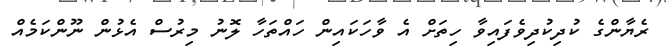
ރެޔާންގެ ކުދިކުދިވެފައިވާ ހިތަށް އެ ވާހަކައިން ހައްތަހާ ލޮނު މިރުސް އެޅުން ނޫންކަމެއް